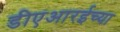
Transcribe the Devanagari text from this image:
डीएआरईच्या